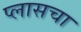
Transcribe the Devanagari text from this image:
प्लासचा